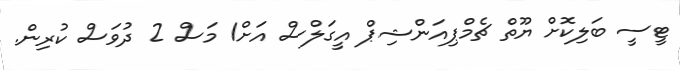
ޓީސީ ބަލިކޮށް ޔޫތް ޗެމްޕިއަންޝިޕް އީގަލްސް އަށް1 މަސް 2 ދުވަސް ކުރިން.